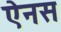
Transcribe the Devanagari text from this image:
ऐनस